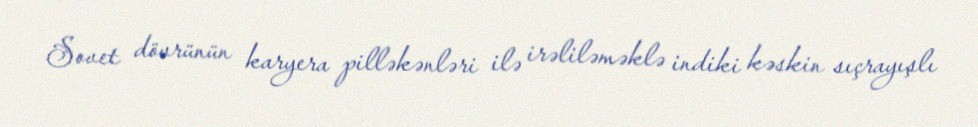
Sovet dövrünün karyera pilləkənləri ilə irəliləməklə indiki kəskin sıçrayışlı